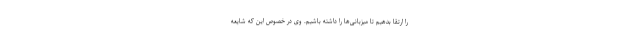
را ارتقا بدهیم تا میزبانی‌ها را داشته باشیم. وی در خصوص این که شایعه